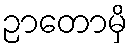
ဉာတောမှိ